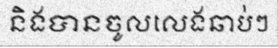
និងបានចូលលេងឆាប់ៗ